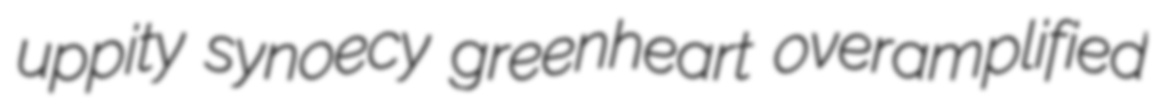
uppity synoecy greenheart overamplified